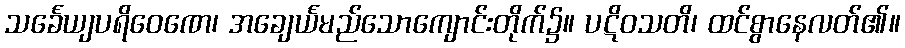
သင်္ခေယျပရိဝေဏေ၊ အချေင်္ယမည်သောကျောင်းတိုက်၌။ ပဋိဝသတိ၊ ထင်စွာနေလတ်၏။